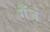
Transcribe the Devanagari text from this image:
गँज